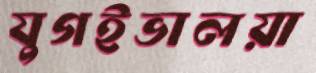
যুগইভালয়া